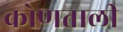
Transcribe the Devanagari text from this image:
कोणताली